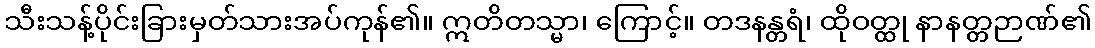
သီးသန့်ပိုင်းခြားမှတ်သားအပ်ကုန်၏။ ဣတိတသ္မာ၊ ကြောင့်။ တဒနန္တရံ၊ ထိုဝတ္ထု နာနတ္တဉာဏ်၏